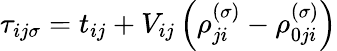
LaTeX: \tau_{ij\sigma}=t_{ij}+V_{ij}\left(\rho_{ji}^{\left(\sigma\right)}-\rho_{0ji}^{\left(\sigma\right)}\right)